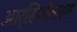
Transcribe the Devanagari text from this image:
आर्ख़िपेलाग